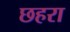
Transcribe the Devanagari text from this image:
छहरा